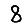
Digit: 8